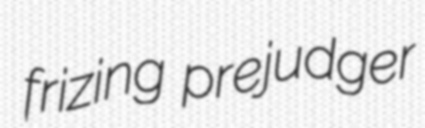
frizing prejudger